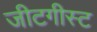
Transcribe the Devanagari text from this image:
जीटगीस्ट